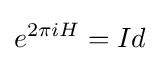
e^{2\pi iH}=Id